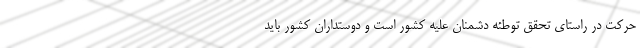
حرکت در راستای تحقق توطئه دشمنان علیه کشور است و دوستداران کشور باید